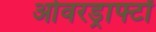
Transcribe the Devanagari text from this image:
ओवरड्राफ्टों